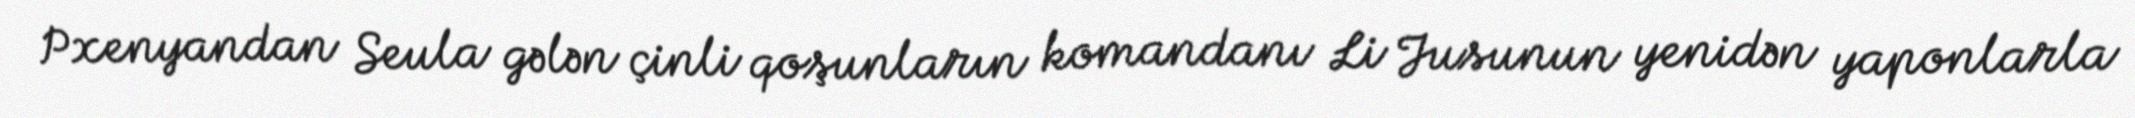
Pxenyandan Seula gələn çinli qoşunların komandanı Li Jusunun yenidən yaponlarla